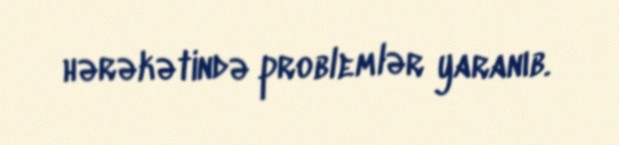
hərəkətində problemlər yaranıb.